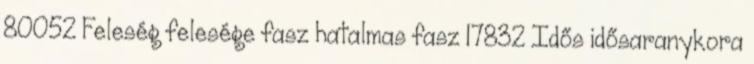
80052 Feleség felesége fasz hatalmas fasz 17832 Idős idősaranykora